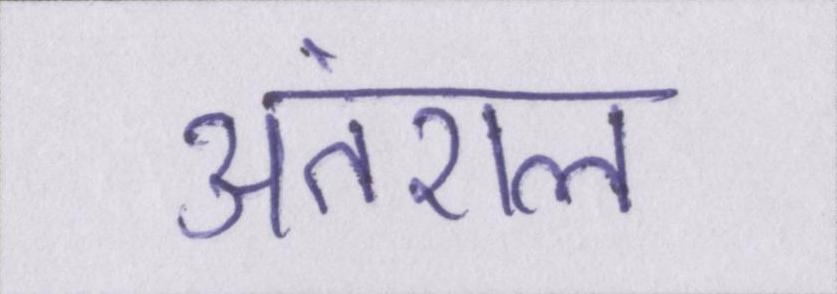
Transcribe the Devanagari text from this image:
अंतराल